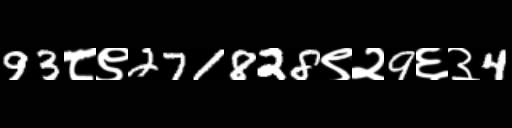
Text: 93८९271828९२9६३4